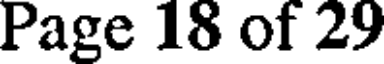
Page 18 of 29